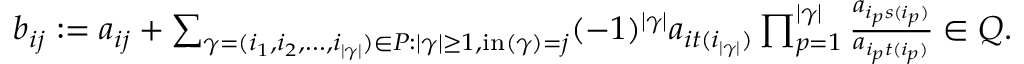
\begin{array} { r } { b _ { i j } : = a _ { i j } + \sum _ { \gamma = ( i _ { 1 } , i _ { 2 } , \dotsc , i _ { | \gamma | } ) \in P : | \gamma | \geq 1 , \operatorname { i n } ( \gamma ) = j } ( - 1 ) ^ { | \gamma | } a _ { i t ( i _ { | \gamma | } ) } \prod _ { p = 1 } ^ { | \gamma | } \frac { a _ { i _ { p } s ( i _ { p } ) } } { a _ { i _ { p } t ( i _ { p } ) } } \in Q . } \end{array}